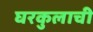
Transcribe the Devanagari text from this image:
घरकुलाची